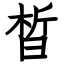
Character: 晳